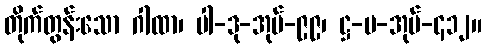
တိုက်တွန်းသော ဂါထာ၊ ပါ-ဒု-အုပ်-၉၉၊ ဋ္ဌ-မ-အုပ်-၄၁၂။